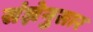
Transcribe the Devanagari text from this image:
संज्ञेनुसार